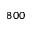
8 0 0